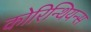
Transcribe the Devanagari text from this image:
कोरिन्थियन्स